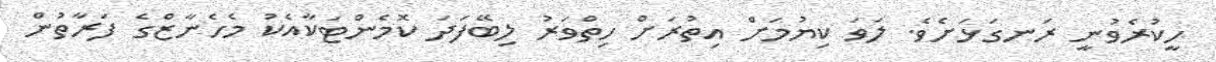
ހީކުރެވުނީ ރަނގަޅަށެވެ. ލަވަ ކިޔުމަށް އިތުރަށް ހިތްވަރު ލިބޭފަދަ ކޮމެންޓަކާއެކު މެހެނާޒްގެ ފަރާތުން